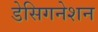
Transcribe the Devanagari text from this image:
डेसिगनेशन